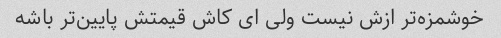
خوشمزه‌تر ازش نیست ولی ای کاش قیمتش پایین‌تر باشه